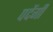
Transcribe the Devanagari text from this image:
पदेंगी